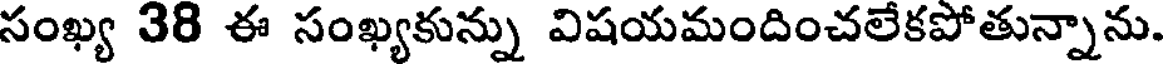
సంఖ్య 38 ఈ సంఖ్యకున్ను విషయమందించలేకపోతున్నాను.